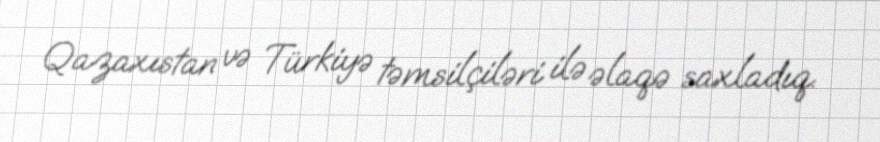
Qazaxıstan və Türkiyə təmsilçiləri ilə əlaqə saxladıq.